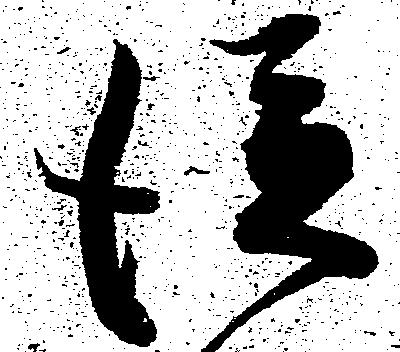
従